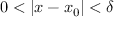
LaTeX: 0 < | x - x _ { 0 } | < \delta